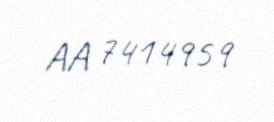
AA 7414959